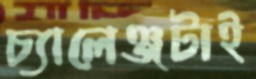
চ্যালেঞ্জটাই